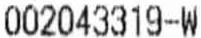
002043319-W